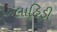
લાહિડી